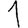
Digit: 1